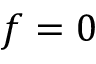
f = 0